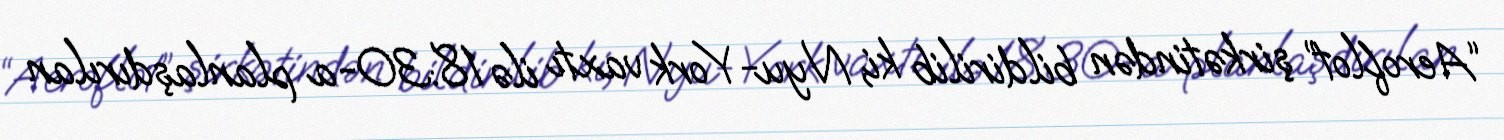
“Aeroflot” şirkətindən bildirilib ki, Nyu-York vaxtı ilə 18:30-a planlaşdırılan